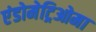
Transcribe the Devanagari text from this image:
एंडोमेट्रिओमा